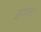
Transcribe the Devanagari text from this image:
डंगालों